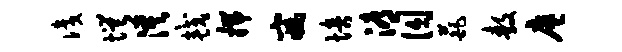
识愕漠较揣寐培溽囚葩敖廖